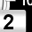
Digit: 2